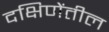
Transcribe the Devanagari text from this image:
दक्षिणेंतील